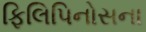
ફિલિપિનોસના